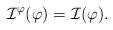
LaTeX: \begin{align*}\mathcal{I}^{\varphi}(\varphi)=\mathcal{I}(\varphi).\end{align*}